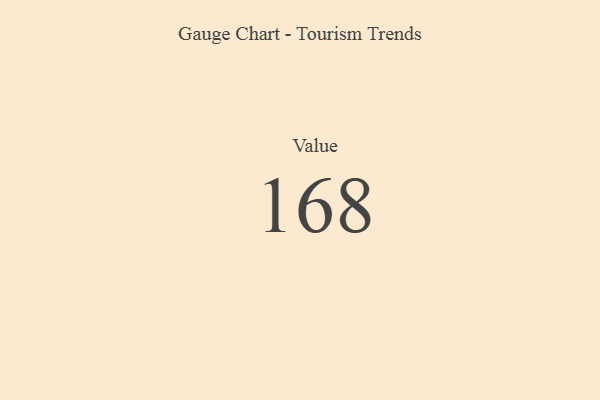
{"axis": {"x": "Metric", "y": "Value"}, "legend": [""], "data": [{"x": "Value", "y": 168, "type": ""}]}